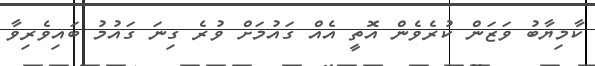
ކާމިޔާބު ވަޒަން ކުރެވެން އޮތީ އެއް ގައުމަށް ވުރެ ގިނަ ގައުމު ބައިވެރިވާ